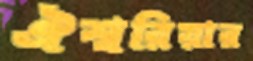
ঐশ্বরিয়ার